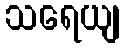
သရေယျ